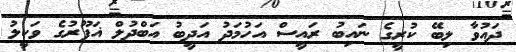
ދައުވާ ލިބޭ ކުރީގެ ނައިބު ރައީސް އަހުމަދު އަދީބު އަބްދުލް ޣަފޫރުގެ ވަކީލު